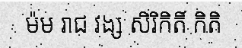
ម៉ម រាជ វង្ស សិរិកិតិ៍ កិតិ